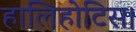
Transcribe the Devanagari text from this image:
हालिहोटिस।